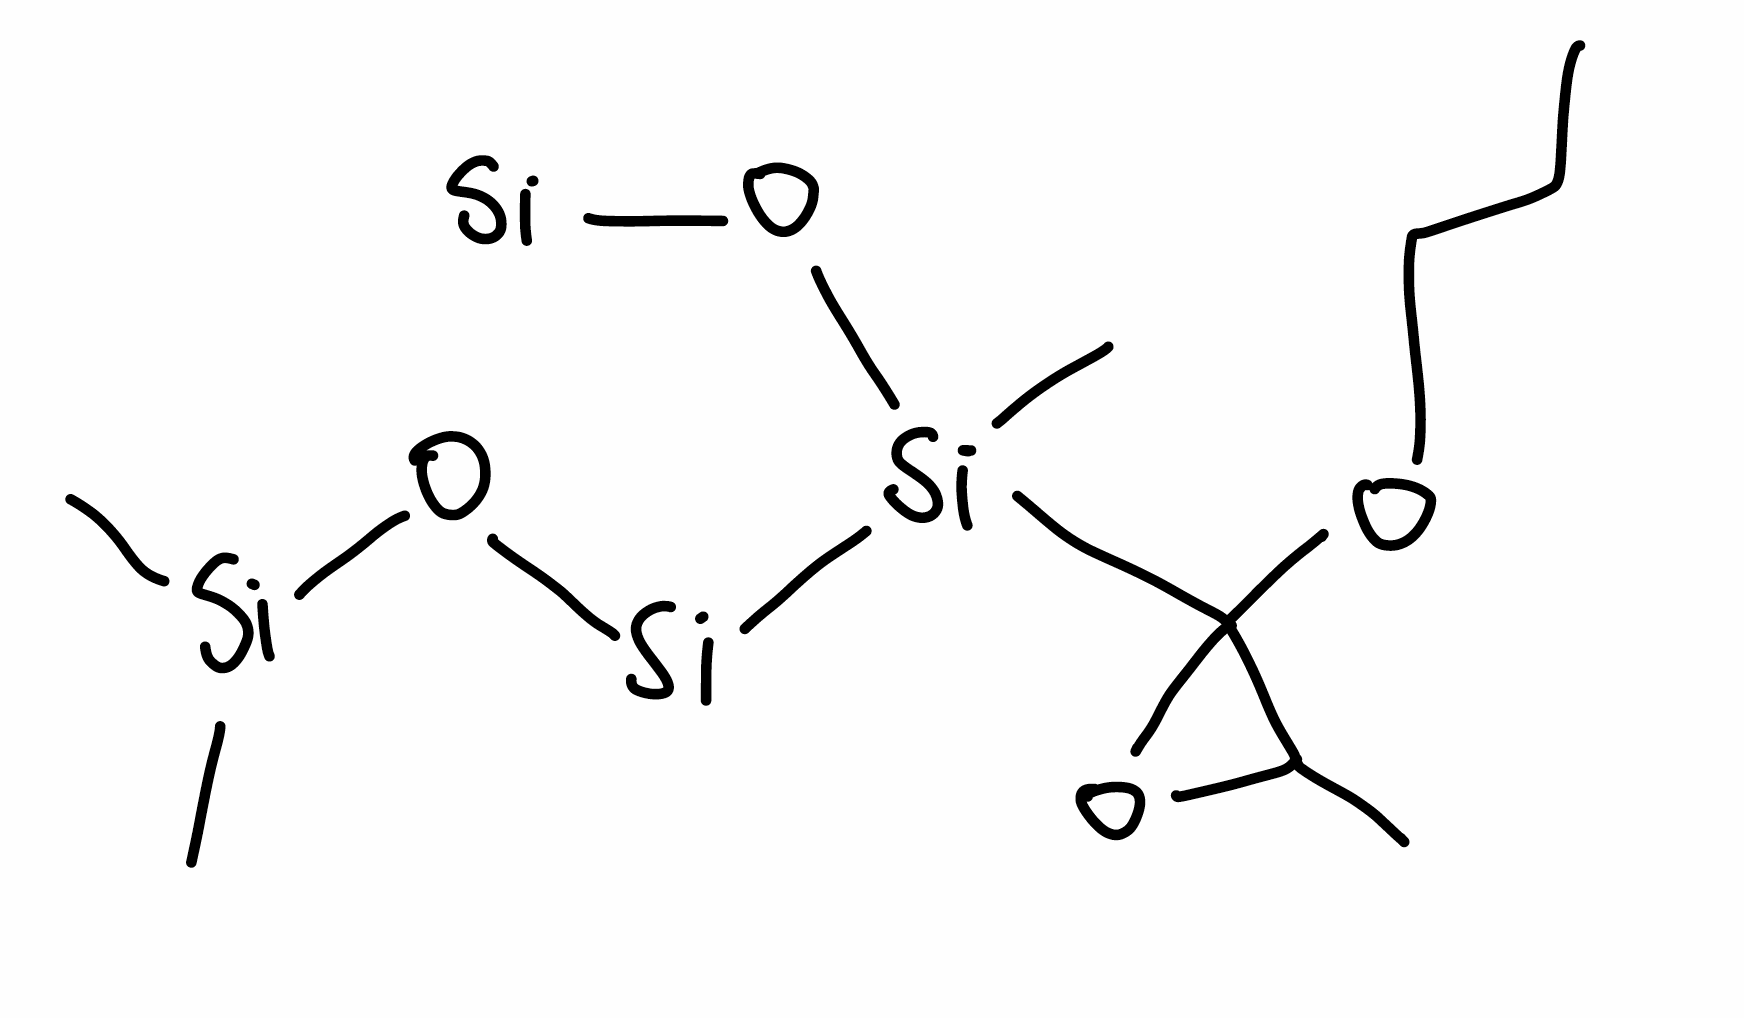
Simplified molecular-input line-entry system (SMILES) notation of the given molecule:
CCCOC1(C(O1)C)[Si](C)(O[Si])[Si]O[Si](C)C